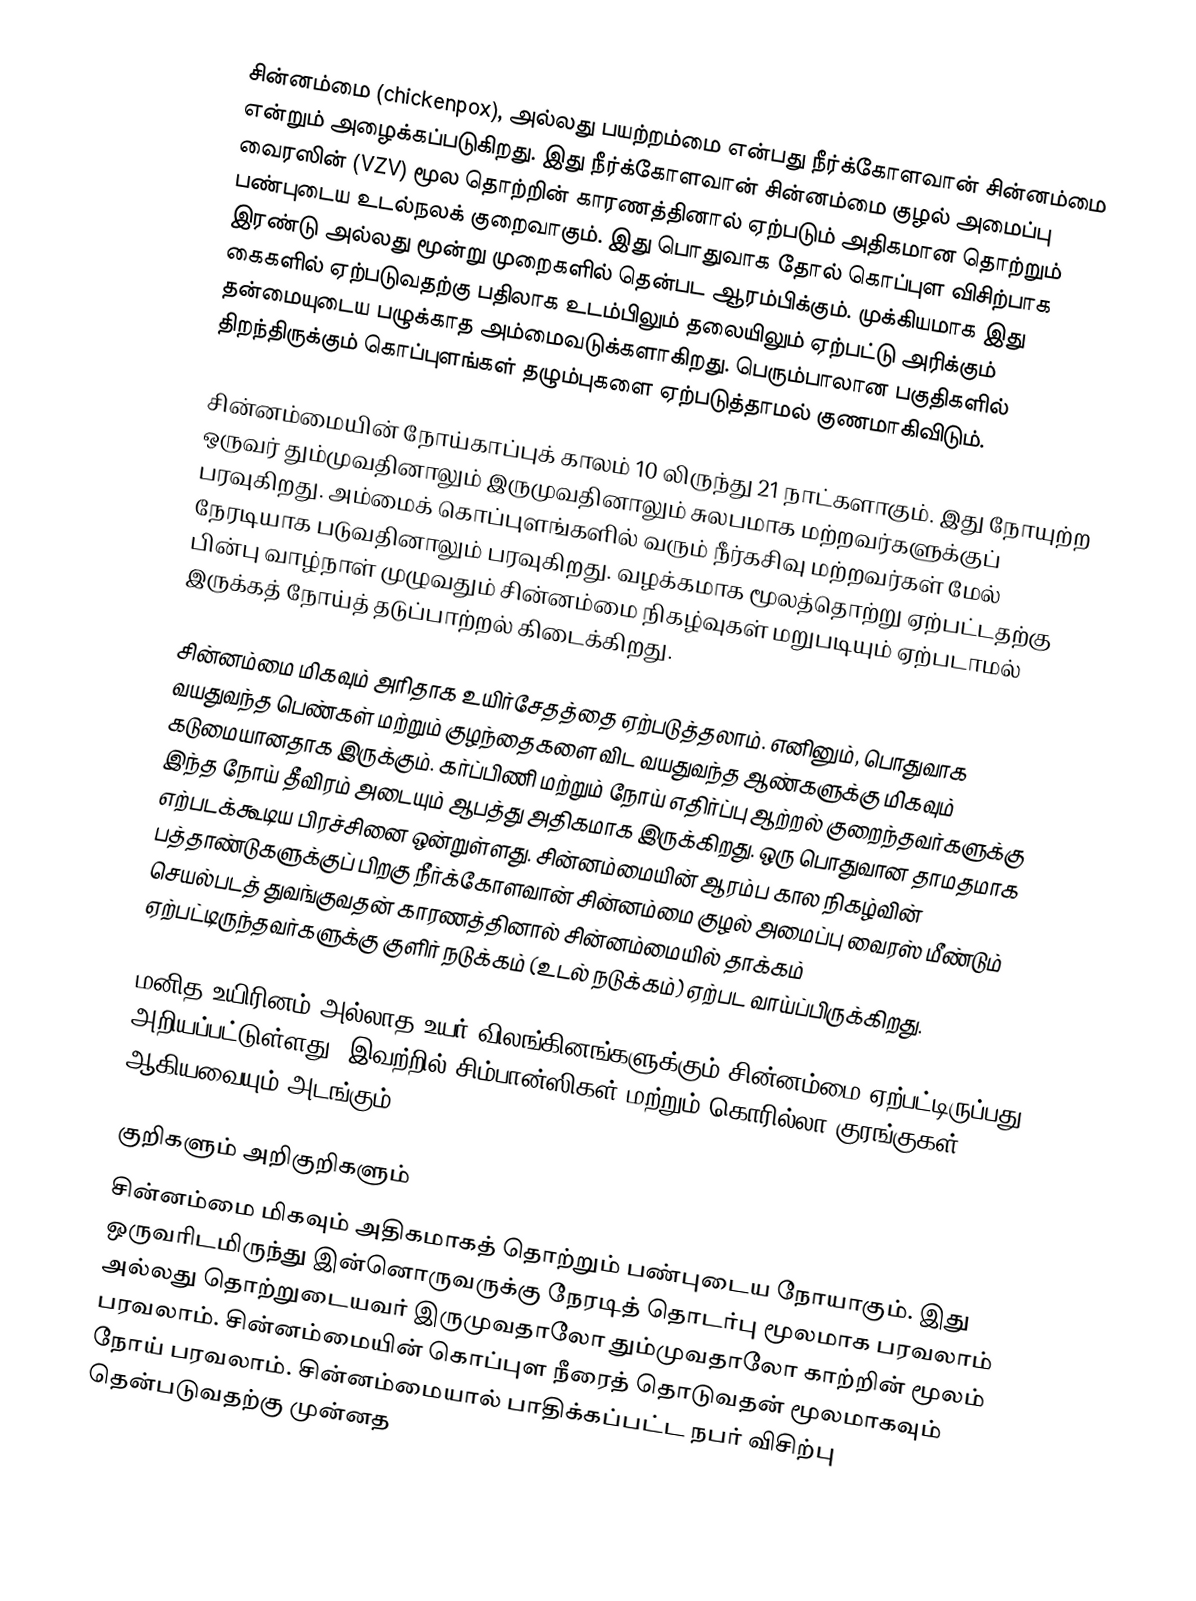
சின்னம்மை (chickenpox), அல்லது பயற்றம்மை என்பது நீர்க்கோளவான் சின்னம்மை என்றும் அழைக்கப்படுகிறது. இது நீர்க்கோளவான் சின்னம்மை குழல் அமைப்பு வைரஸின் (VZV) மூல தொற்றின் காரணத்தினால் ஏற்படும் அதிகமான தொற்றும் பண்புடைய உடல்நலக் குறைவாகும். இது பொதுவாக தோல் கொப்புள விசிற்பாக இரண்டு அல்லது மூன்று முறைகளில் தென்பட ஆரம்பிக்கும். முக்கியமாக இது கைகளில் ஏற்படுவதற்கு பதிலாக உடம்பிலும் தலையிலும் ஏற்பட்டு அரிக்கும் தன்மையுடைய பழுக்காத அம்மைவடுக்களாகிறது. பெரும்பாலான பகுதிகளில் திறந்திருக்கும் கொப்புளங்கள் தழும்புகளை ஏற்படுத்தாமல் குணமாகிவிடும்.

சின்னம்மையின் நோய்காப்புக் காலம் 10 லிருந்து 21 நாட்களாகும். இது நோயுற்ற ஒருவர் தும்முவதினாலும் இருமுவதினாலும் சுலபமாக மற்றவர்களுக்குப் பரவுகிறது.  அம்மைக் கொப்புளங்களில்  வரும் நீர்கசிவு மற்றவர்கள் மேல் நேரடியாக படுவதினாலும் பரவுகிறது. வழக்கமாக மூலத்தொற்று ஏற்பட்டதற்கு பின்பு வாழ்நாள் முழுவதும் சின்னம்மை நிகழ்வுகள் மறுபடியும் ஏற்படாமல் இருக்கத் நோய்த் தடுப்பாற்றல் கிடைக்கிறது.

சின்னம்மை மிகவும் அரிதாக உயிர்சேதத்தை ஏற்படுத்தலாம். எனினும், பொதுவாக வயதுவந்த பெண்கள் மற்றும் குழந்தைகளை விட வயதுவந்த ஆண்களுக்கு மிகவும் கடுமையானதாக இருக்கும். கர்ப்பிணி மற்றும் நோய் எதிர்ப்பு ஆற்றல் குறைந்தவர்களுக்கு இந்த நோய் தீவிரம் அடையும் ஆபத்து அதிகமாக இருக்கிறது. ஒரு பொதுவான தாமதமாக எற்படக்கூடிய பிரச்சினை ஒன்றுள்ளது. சின்னம்மையின் ஆரம்ப கால நிகழ்வின் பத்தாண்டுகளுக்குப் பிறகு நீர்க்கோளவான் சின்னம்மை குழல் அமைப்பு வைரஸ் மீண்டும் செயல்படத் துவங்குவதன் காரணத்தினால் சின்னம்மையில் தாக்கம் ஏற்பட்டிருந்தவர்களுக்கு குளிர் நடுக்கம் (உடல் நடுக்கம்) ஏற்பட வாய்ப்பிருக்கிறது.

மனித உயிரினம் அல்லாத உயர் விலங்கினங்களுக்கும் சின்னம்மை ஏற்பட்டிருப்பது அறியப்பட்டுள்ளது. இவற்றில் சிம்பான்ஸிகள் மற்றும் கொரில்லா குரங்குகள் ஆகியவையும் அடங்கும்.

குறிகளும் அறிகுறிகளும்
சின்னம்மை மிகவும் அதிகமாகத் தொற்றும் பண்புடைய நோயாகும். இது ஒருவரிடமிருந்து இன்னொருவருக்கு நேரடித் தொடர்பு மூலமாக பரவலாம் அல்லது தொற்றுடையவர் இருமுவதாலோ தும்முவதாலோ காற்றின் மூலம் பரவலாம். சின்னம்மையின் கொப்புள நீரைத் தொடுவதன் மூலமாகவும் நோய் பரவலாம். சின்னம்மையால் பாதிக்கப்பட்ட நபர் விசிற்பு தென்படுவதற்கு முன்னத